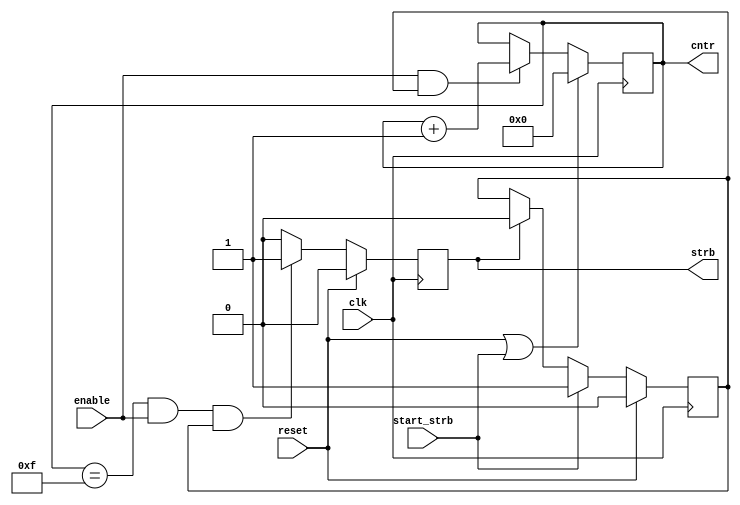
//-----------------------------------------------------------------
//  Module:     CounterSeq
//  Project:    generic atomic modules
//  Version:    0.01-1
//
//  Description: Implements a counter with output value and strobe
//               when counter reaches maximum value it stops
//
//
//-----------------------------------------------------------------
module CounterSeq 
#( parameter dw = 12,             // Counter width definition
   parameter max = 12'h00F)       // Counter max value definition
(  
  input               clk,        // System Clock 
  input               reset,      // System Reset (Syncronous)
  input               enable,     // Enable Counter
  input               start_strb, // Strobe to start counter
  
  output  reg[dw-1:0] cntr,       // Counter value
  output  reg         strb        // 1 Clk Strb when Counter == max
);
      
  reg   cntr_en;                  // Enable for counter

  //Initialize sequential logic
	initial			
	begin
		cntr <= {dw{1'b0}}; 
    strb <= 1'b0;
    cntr_en <= 1'b0;
	end

	//General Counter
  // Resets on GSR or when counter reaches max parameter
  // Increments counter every clock when enabled
	always@(posedge clk)
	begin
    if (reset || start_strb)    
      cntr <= {dw{1'b0}}; 		  
    else if (enable && cntr_en)  
		  cntr <= cntr + 1'b1;		                       
	end	
  
  // Counter/Timer Strobe
  // Asserts strobe for 1 clk period when cntr = max param
	always@(posedge clk)
	begin
    if (reset)
      strb <= 1'b0;
    else if (cntr == max && enable && cntr_en)
      strb <= 1'b1;
    else
      strb <= 1'b0;
	end  
  
  // Counter/Timer Enable  
	always@(posedge clk)
	begin
    if (reset)
      cntr_en <= 1'b0;
    else if (start_strb)
      cntr_en <= 1'b1;
    else if (strb)
      cntr_en <= 1'b0;
	end  
    
endmodule